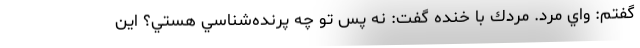
گفتم: واي مُرد. مردك با خنده گفت: نه پس تو چه پرنده‌شناسي هستي؟ اين